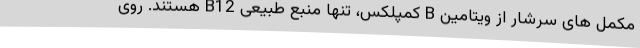
مکمل های سرشار از ویتامین B کمپلکس، تنها منبع طبیعی B12 هستند. روی